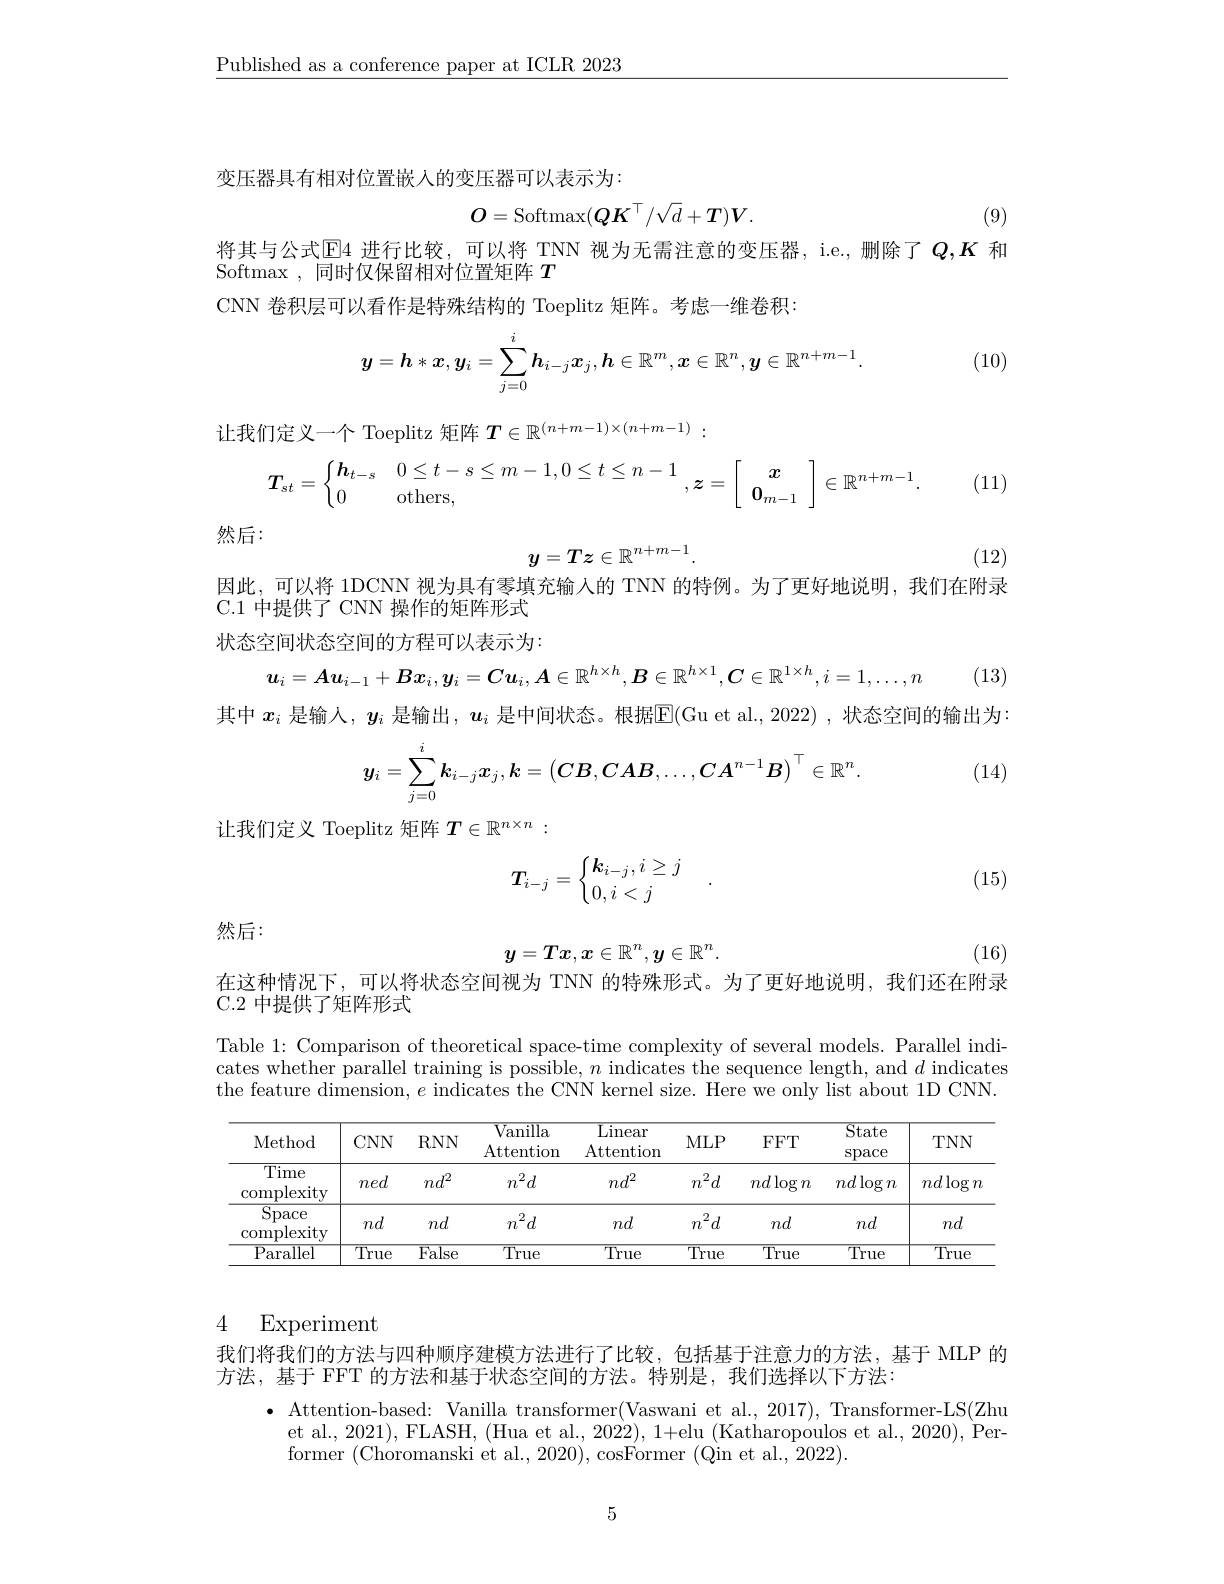
$\underline{\text{Published as a conference paper at ICLR 2023}}$

变压器具有相对位置嵌入的变压器可以表示为：
$$O=\mathrm{Softmax}(QK^\top/\sqrt{d}+T)V.$$
(9)

将其与公式$\mathbb{E}$4 进行比较，可以将 TNN 视为无需注意的变压器，i.e.,删除了 $Q,K$ 和
Softmax ,同时仅保留相对位置矩阵$T$
CNN 卷积层可以看作是特殊结构的 Toeplitz 矩阵。考虑一维卷积：

(10)
$$y=\boldsymbol{h}*\boldsymbol{x},\boldsymbol{y}_i=\sum_{j=0}^i\boldsymbol{h}_{i-j}\boldsymbol{x}_j,\boldsymbol{h}\in\mathbb{R}^m,\boldsymbol{x}\in\mathbb{R}^n,\boldsymbol{y}\in\mathbb{R}^{n+m-1}.$$
让我们定义一个 Toeplitz 矩阵$T\in\mathbb{R}^{(n+m-1)\times(n+m-1)}:$
$$\boldsymbol{T}_{st}=\left\{\begin{matrix}\boldsymbol{h}_{t-s}&0\leq t-s\leq m-1,0\leq t\leq n-1\\0&\text{others,}\end{matrix}\right.,\boldsymbol{z}=\left[\begin{array}{c}\boldsymbol{x}\\\boldsymbol{0}_{m-1}\end{array}\right]\in\mathbb{R}^{n+m-1}.$$
(11)

然后：
$$y=Tz\in\mathbb{R}^{n+m-1}.$$
(12)
因此，可以将 1DCNN 视为具有零填充输入的 TNN 的特例。为了更好地说明，我们在附录

C.1 中提供了 CNN 操作的矩阵形式状态空间状态空间的方程可以表示为：

(13)
$$u_i=Au_{i-1}+Bx_i,y_i=Cu_i,A\in\mathbb{R}^{h\times h},B\in\mathbb{R}^{h\times1},C\in\mathbb{R}^{1\times h},i=1,\ldots,n$$
其中$x_i$是输人，$y_i$是输出，$u_i$是中间状态。根据E(Gu et al., 2022) ,状态空间的输出为：

 (14)
$$\boldsymbol{y}_i=\sum_{j=0}^i\boldsymbol{k}_{i-j}\boldsymbol{x}_j,\boldsymbol{k}=\left(\boldsymbol{C}\boldsymbol{B},\boldsymbol{C}\boldsymbol{A}\boldsymbol{B},\ldots,\boldsymbol{C}\boldsymbol{A}^{n-1}\boldsymbol{B}\right)^\top\in\mathbb{R}^n.$$
让我们定义 Toeplitz 矩阵$T\in\mathbb{R}^{n\times n}:$

(15)
$$T_{i-j}=\left\{\begin{matrix}k_{i-j},i\geq j\\0,i<j\end{matrix}\right.\quad.$$
然后：

(16)
$$y=Tx,x\in\mathbb{R}^n,y\in\mathbb{R}^n.$$
在这种情况下，可以将状态空间视为 TNN 的特殊形式。为了更好地说明，我们还在附录
C.2 中提供了矩阵形式

Table 1: Comparison of theoretical space-time complexity of several models. Parallel indicates whether parallel training is possible, $n$ indicates the sequence length, and $d$ indicates the feature dimension, $e$ indicates the CNN kernel size. Here we only list about 1D CNN.

<table>
	<tbody>
		<tr>
			<th>Method</th>
			<th>$CNN$</th>
			<th>$RNN$</th>
			<th>$\operatorname{Vanilla}$ Attention</th>
			<th>$\overline{\text{Linear}}$ Attention</th>
			<th>$MLP$</th>
			<th>$FFT$</th>
			<th>$\overline{\mathrm{State}}$ space</th>
			<th>$TNN$</th>
		</tr>
		<tr>
			<td>Time $\operatorname{complexity}$</td>
			<td>ned</td>
			<td>$md^{2}$</td>
			<td>$n^2d$</td>
			<td>$nd^{2}$</td>
			<td>$;^2d$ $m$</td>
			<td>$nd\log n$</td>
			<td>$nd\log n$</td>
			<td>$nd\log$ $\Upsilon$</td>
		</tr>
		<tr>
			<td>$\overline{\mathrm{Space}}$ complexity</td>
			<td>$nd$</td>
			<td>$nd$</td>
			<td>$n^2d$</td>
			<td>$nd$</td>
			<td>2 ${}^{2}d$ $m$ </td>
			<td>$nd$</td>
			<td>$nd$</td>
			<td>$nd$</td>
		</tr>
		<tr>
			<td>$\overline{P_{i}}$ $\overline{{\mathrm{arallel}}}$</td>
			<td>$\overline{\mathrm{True}}$</td>
			<td>False</td>
			<td>$\overline{\mathrm{True}}$</td>
			<td>$\overline{\mathrm{True}}$</td>
			<td>$\overline{\mathrm{True}}$</td>
			<td>$\overline{\mathrm{True}}$</td>
			<td>$\overline{\mathrm{True}}$</td>
			<td>$\overline{\mathrm{True}}$</td>
		</tr>
	</tbody>
</table>

### 4 Experiment

我们将我们的方法与四种顺序建模方法进行了比较，包括基于注意力的方法，基于 MLP 的
方法，基于 FFT 的方法和基于状态空间的方法。特别是，我们选择以下方法：

$\bullet$ Attention-based: Vanilla transformer(Vaswani et al., 2017), Transformer-LS(Zhu et al., 2021), FLASH, (Hua et al., 2022), 1+elu (Katharopoulos et al., 2020), Performer (Choromanski et al., 2020), cosFormer (Qin et al., 2022).

5